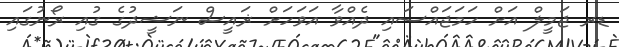
ޑރ ޖަމީލް އަށް ހަމަޖައްސައި ދެއްވާ އަވަހަށް ޜައީސް ނަޝީދުގެ ގުއި ރޯނުގައި